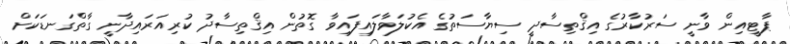
ޕާޓީއިން ވާނީ ސަރުކާރުގެ އިޤްތިސާދީ ސިޔާސަތުގެ އެކުލަވާލައިފައިވާ ގޮތުން އިޤްތިސާދު ކުރިއަރައިދާނީ ގާތްގަނޑަކަށް